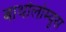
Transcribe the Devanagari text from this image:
बार्थोलोम्यूस